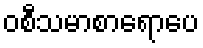
ဝစီသမာစာရောပေ